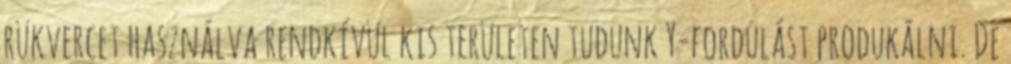
rükvercet használva rendkívül kis területen tudunk Y-fordulást produkálni. De